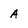
Character: A